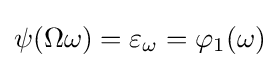
\psi (\Omega \omega )=\varepsilon _{\omega }=\varphi _{1}(\omega )